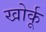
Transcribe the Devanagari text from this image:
खोर्कू